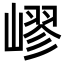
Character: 嵺